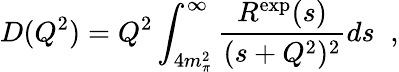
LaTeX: D(Q^{2})=Q^{2}\int_{4m_{\pi}^{2}}^{\infty}\frac{R^{\mathrm{exp}}(s)}{(s+Q^{2})^{2}}ds\; \; ,